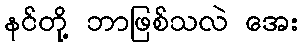
နင်တို့ ဘာဖြစ်သလဲ အေး